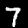
Digit: 7